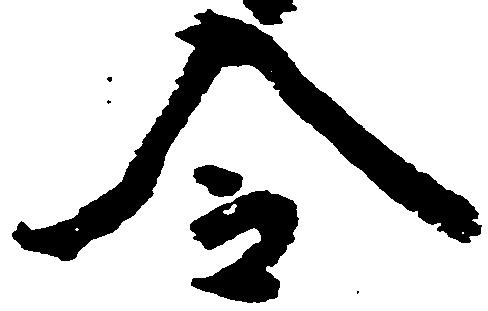
令